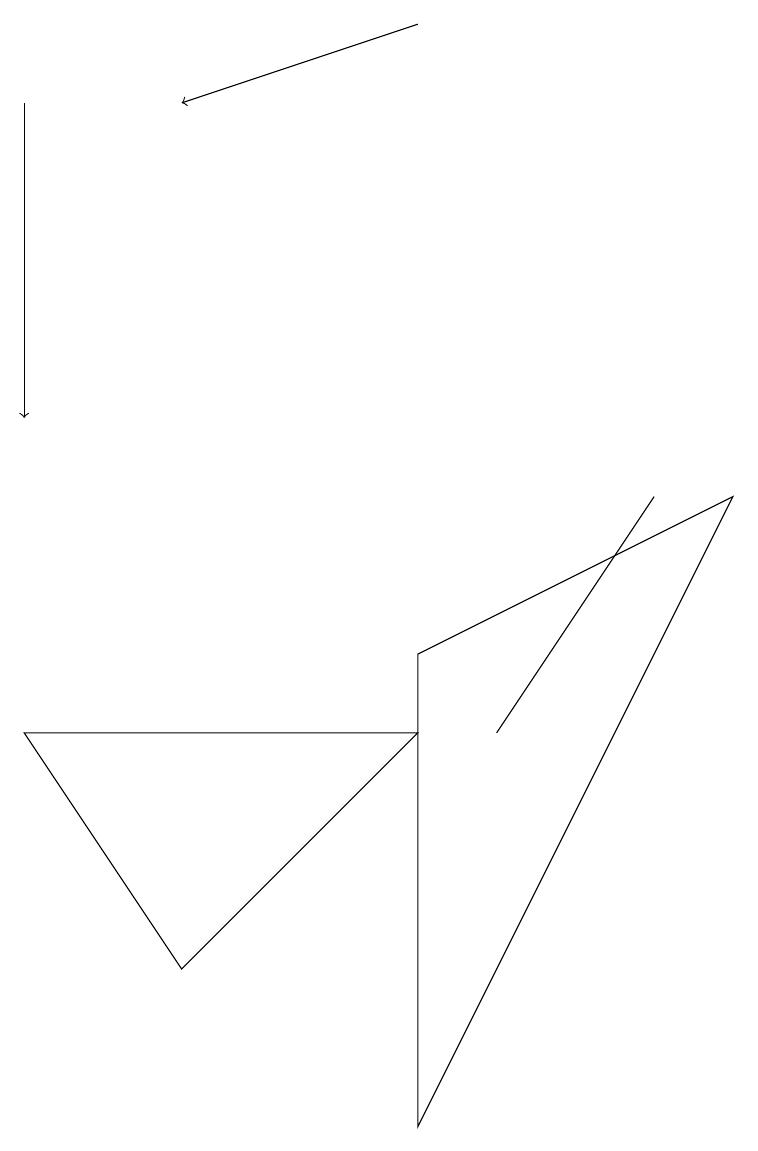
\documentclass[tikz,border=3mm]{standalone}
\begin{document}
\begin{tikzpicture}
\draw (6,6) -- (8,9) -- (6,6) -- cycle;
\draw (9,9) -- (5,7) -- (5,1) -- cycle;
\draw (2,3) -- (5,6) -- (0,6) -- cycle;
\draw[->] (0,14) -- (0,10);
\draw[->] (5,15) -- (2,14);
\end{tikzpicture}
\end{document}